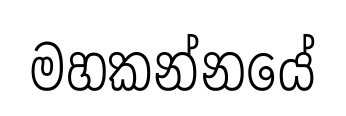
මහකන්නයේ